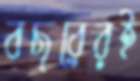
বছরেরই